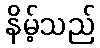
နိမ့်သည်